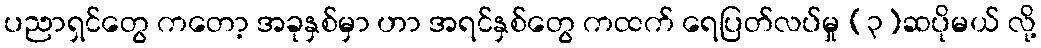
ပညာရှင်တွေ ကတော့ အခုနှစ်မှာ ဟာ အရင်နှစ်တွေ ကထက် ရေပြတ်လပ်မှု (၃)ဆပိုမယ် လို့